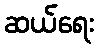
ဆယ်ရေး